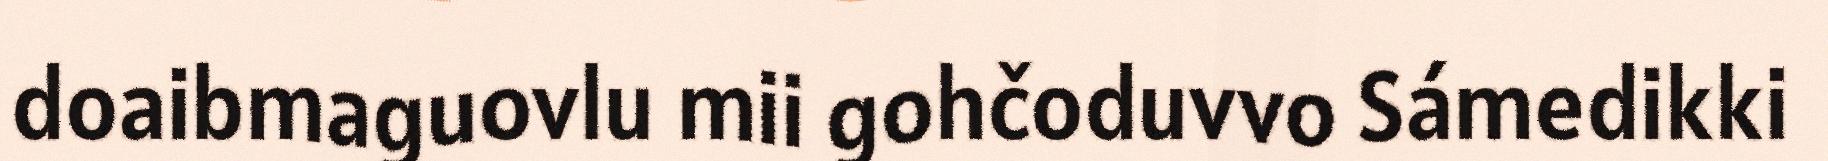
doaibmaguovlu mii gohčoduvvo Sámedikki